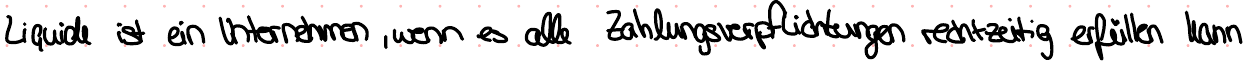
Liquide ist ein Unternehmen, wenn es alle Zahlungsverpflichtungen rechtzeitig erfüllen kann